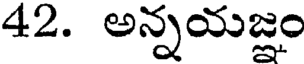
42. అన్నయజ్ఞం